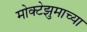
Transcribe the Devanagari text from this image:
मोक्टेझुमाच्या